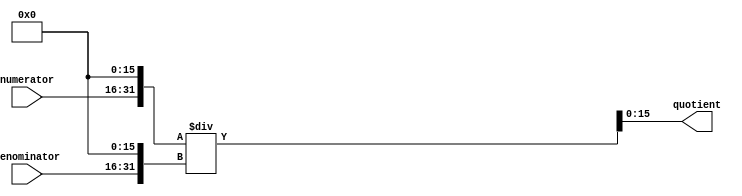
module fractional_divider (
    input [15:0] numerator,
    input [15:0] denominator,
    output reg [15:0] quotient
);

// Convert input fractional numbers to fixed-point format
reg [31:0] fixed_numerator;
reg [31:0] fixed_denominator;

always @* begin
    fixed_numerator = numerator << 16;
    fixed_denominator = denominator << 16;
end

// Perform division on fixed-point numbers
always @* begin
    quotient = fixed_numerator / fixed_denominator;
end

endmodule